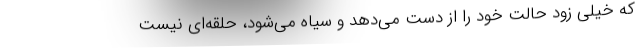
که خیلی زود حالت خود را از دست می‌دهد و سیاه می‌شود، حلقه‌ای نیست